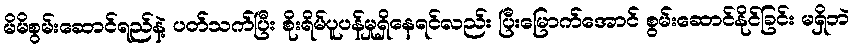
မိမိစွမ်းဆောင်ရည်နဲ့ ပတ်သက်ပြီး စိုးရိမ်ပူပန်မှုရှိနေရင်လည်း ပြီးမြောက်အောင် စွမ်းဆောင်နိုင်ခြင်း မရှိဘဲ